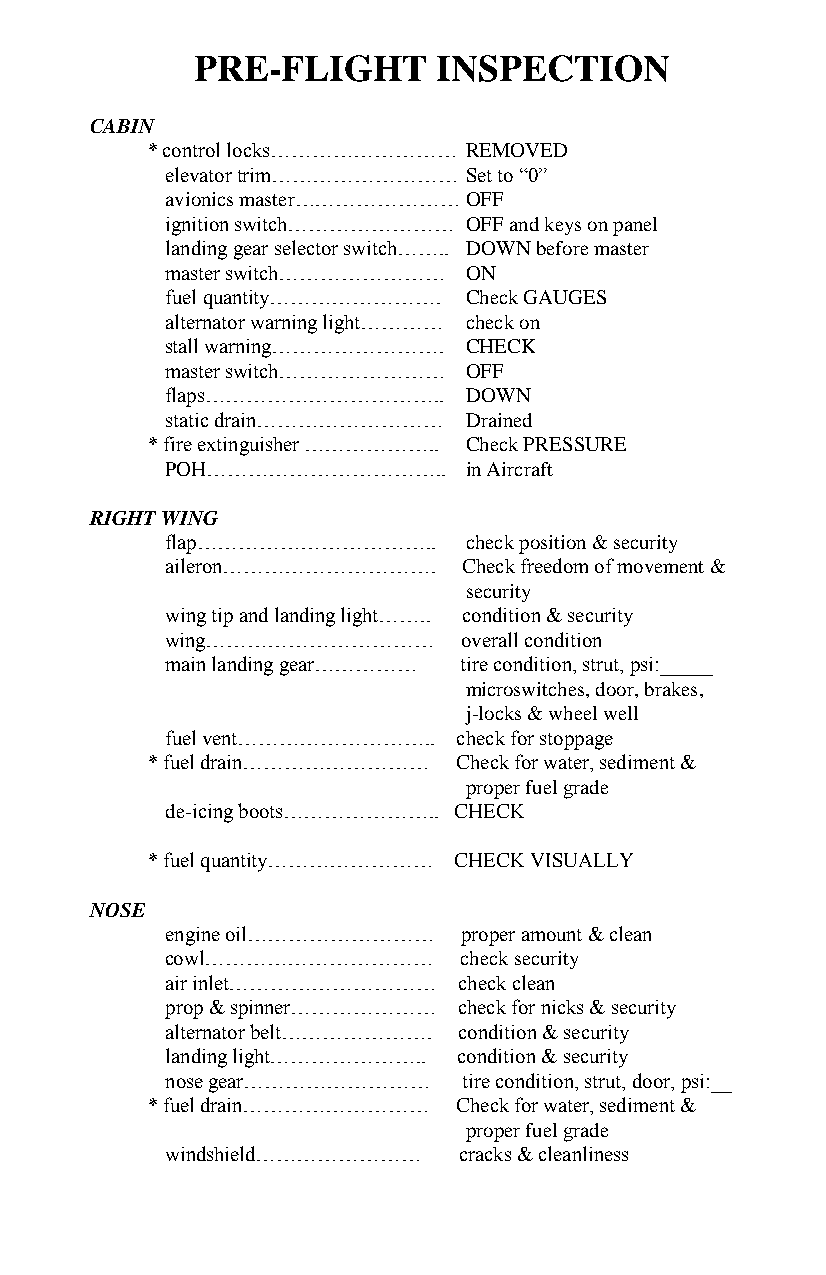
PRE-FLIGHT      INSPECTION
 CABIN
 * control locks……………………… REMOVED
 elevator trim……………………… Set to “0”
 avionics master…………………… OFF
 ignition switch…………………… OFF and keys on panel
 landing gear selector switch…….. DOWN before master
 master switch…………………… ON
 fuel quantity……………………. Check GAUGES
 alternator warning light………… check on
 stall warning……………………. CHECK
 master switch…………………… OFF
 flaps……………………………..  DOWN
 static drain……………………… Drained
 * fire extinguisher ……………….. Check PRESSURE
 POH……………………………..    in Aircraft
 RIGHT WING
 flap……………………………..   check position & security
 aileron………………………….  Check freedom of movement &
 security
 wing tip and landing light…….. condition & security
 wing……………………………    overall condition
 main landing gear…………… tire condition, strut, psi:_____
 microswitches, door, brakes,
 j-locks & wheel well
 fuel vent……………………….. check for stoppage
 * fuel drain……………………… Check for water, sediment &
 proper fuel grade
 de-icing boots………………….. CHECK
 * fuel quantity…………………… CHECK VISUALLY
 NOSE
 engine oil……………………… proper amount & clean
 cowl……………………………    check security
 air inlet………………………… check clean
 prop & spinner………………… check for nicks & security
 alternator belt…………………. condition & security
 landing light………………….. condition & security
 nose gear………………………  tire condition, strut, door, psi:__
 * fuel drain……………………… Check for water, sediment &
 proper fuel grade
 windshield…………………… cracks & cleanliness